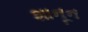
શાનૂન